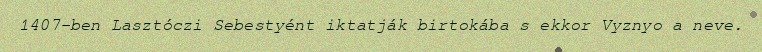
1407-ben Lasztóczi Sebestyént iktatják birtokába s ekkor Vyznyo a neve.